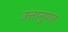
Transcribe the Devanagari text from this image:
उत्तानुपात